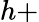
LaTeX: h+